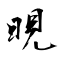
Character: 晛